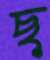
ছ